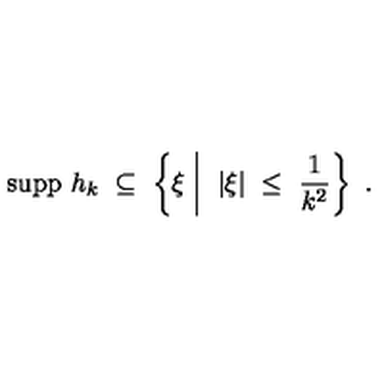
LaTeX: \mathrm { s u p p } \ h _ { k } \ \subseteq \ \left\{ \xi \biggm | \ | \xi | \ \leq \ \frac { 1 } { k ^ { 2 } } \right\} \ .